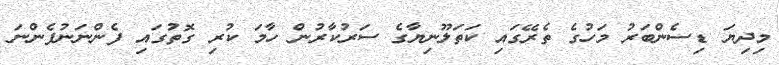
މިދިޔަ ޑިސެންބަރު މަހުގެ ތެރޭގައި ކަތަލޫނިޔާގެ ސަރުކާރުން ހާމަ ކުރި ގޮތުގައި ފެންނަނުފެންނަ